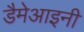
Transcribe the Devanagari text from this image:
डैमेआइनी